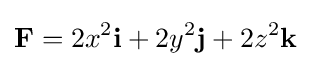
\mathbf {F} =2x^{2}{\textbf {i}}+2y^{2}{\textbf {j}}+2z^{2}{\textbf {k}}